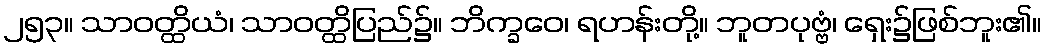
၂၅၃။ သာဝတ္ထိယံ၊ သာဝတ္ထိပြည်၌။ ဘိက္ခဝေ၊ ရဟန်းတို့။ ဘူတပုဗ္ဗံ၊ ရှေး၌ဖြစ်ဘူး၏။